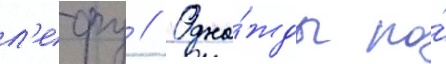
л'ефу // Одна́жды по́